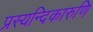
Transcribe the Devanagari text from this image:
प्रस्यन्दिकारुणि